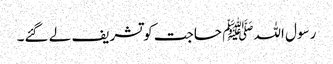
رسول اللہﷺ حاجت کو تشریف لے گئے۔